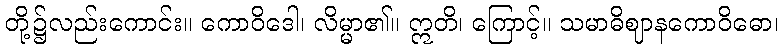
တို့၌လည်းကောင်း။ ကောဝိဒေါ၊ လိမ္မာ၏။ ဣတိ၊ ကြောင့်။ သမာဓိဈာနကောဝိဓော၊